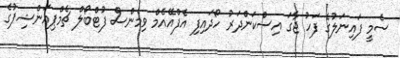
ސެމީ ފައިނަލުގެ ފަހު ޖާގަ އިސްކަންދަރު ހޯދައިފި އެފްއޭއެމް ވިމެންސް ފުޓްބޯލް ޗެމްޕިއަންޝިޕުގެ